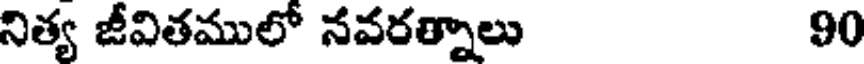
నిత్య జీవితములో నవరత్నాలు 90